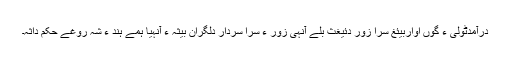
درآمدٹولی ءَ گوں اواربیئغ سرا زور دئیغث بلے آنہی زور ءِ سرا سردار دلگران بیثہ ءُُ آنہیا ہمے ہند ءَ شہ روّغے حکم داثہ۔